Annual report of the Punjab Veterinary College and of the Civil Veterinary Department, Punjab - 1894-1908
Year: 1894
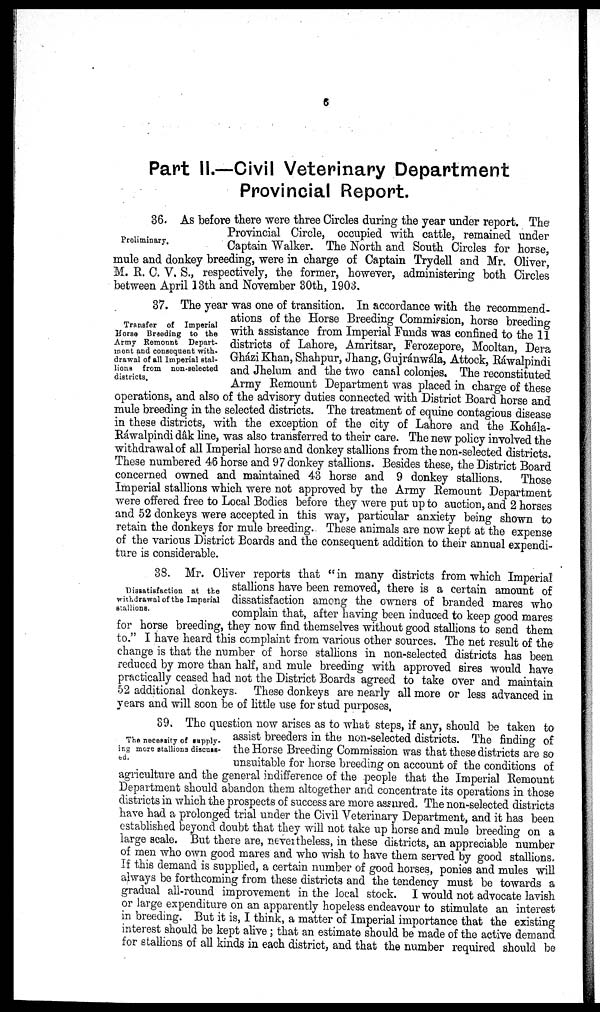
6
Part II.—Civil Veterinary Department
Provincial Report.
Preliminary.
36. As before there were three Circles during the year under report. The
Provincial Circle, occupied with cattle, remained under
Captain Walker. The North and South Circles for horse,
mule and donkey breeding, were in charge of Captain Trydell and Mr. Oliver,
M. R. C. V. S., respectively, the former, however, administering both Circles
between April 13th and November 30th, 1903.
Transfer of Imperial
Horse Breeding to the
Army Remount Depart-
ment and consequent with-
drawal of all Imperial stal-
lions from non-selected
districts.
37. The year was one of transition. In accordance with the recommend-
ations of the Horse Breeding Commission, horse breeding
with assistance from Imperial Funds was confined to the 11
districts of Lahore, Amritsar, Ferozepore, Mooltan, Dera
Gházi Khan, Shahpur, Jhang, Gujránwála, Attock, Ráwalpindi
and Jhelum and the two canal colonies. The reconstituted
Army Remount Department was placed in charge of these
operations, and also of the advisory duties connected with District Board horse and
mule breeding in the selected districts. The treatment of equine contagious disease
in these districts, with the exception of the city of Lahore and the Kohála-
Ráwalpindi dâk line, was also transferred to their care. The new policy involved the
withdrawal of all Imperial horse and donkey stallions from the non-selected districts.
These numbered 46 horse and 97 donkey stallions. Besides these, the District Board
concerned owned and maintained 43 horse and 9 donkey stallions.
Those
Imperial stallions which were not approved by the Army Remount Department
were offered free to Local Bodies before they were put up to auction, and 2 horses
and 52 donkeys were accepted in this way, particular anxiety being shown to
retain the donkeys for mule breeding. These animals are now kept at the expense
of the various District Boards and the consequent addition to their annual expendi-
ture is considerable.
Dissatisfaction at the
withdrawal of the Imperial
stallions.
38. Mr. Oliver reports that "in many districts from which Imperial
stallions have been removed, there is a certain amount of
dissatisfaction among the owners of branded mares who
complain that, after having been induced to keep good mares
for horse breeding, they now find themselves without good stallions to send them
to." I have heard this complaint from various other sources. The net result of the
change is that the number of horse stallions in non-selected districts has been
reduced by more than half, and mule breeding with approved sires would have
practically ceased had not the District Boards agreed to take over and maintain
52 additional donkeys. These donkeys are nearly all more or less advanced in
years and will soon be of little use for stud purposes,
The necessity of supply-
ing more Stallions discuss-
ed.
39. The question now arises as to what steps, if any, should be taken to
assist breeders in the non-selected districts. The finding of
the Horse Breeding Commission was that these districts are so
unsuitable for horse breeding on account of the conditions of
agriculture and the general indifference of the people that the Imperial Remount
Department should abandon them altogether and concentrate its operations in those
districts in which the prospects of success are more assured. The non-selected districts
have had a prolonged trial under the Civil Veterinary Department, and it has been
established beyond doubt that they will not take up horse and mule breeding on a
large scale. But there are, nevertheless, in these districts, an appreciable number
of men who own good mares and who wish to have them served by good stallions.
If this demand is supplied, a certain number of good horses, ponies and mules will
always be forthcoming from these districts and the tendency must be towards a
gradual all-round improvement in the local stock. I would not advocate lavish
or large expenditure on an apparently hopeless endeavour to stimulate an interest
in breeding. But it is, I think, a matter of Imperial importance that the existing
interest should be kept alive ; that an estimate should be made of the active demand
for stallions of all kinds in each district, and that the number required should be